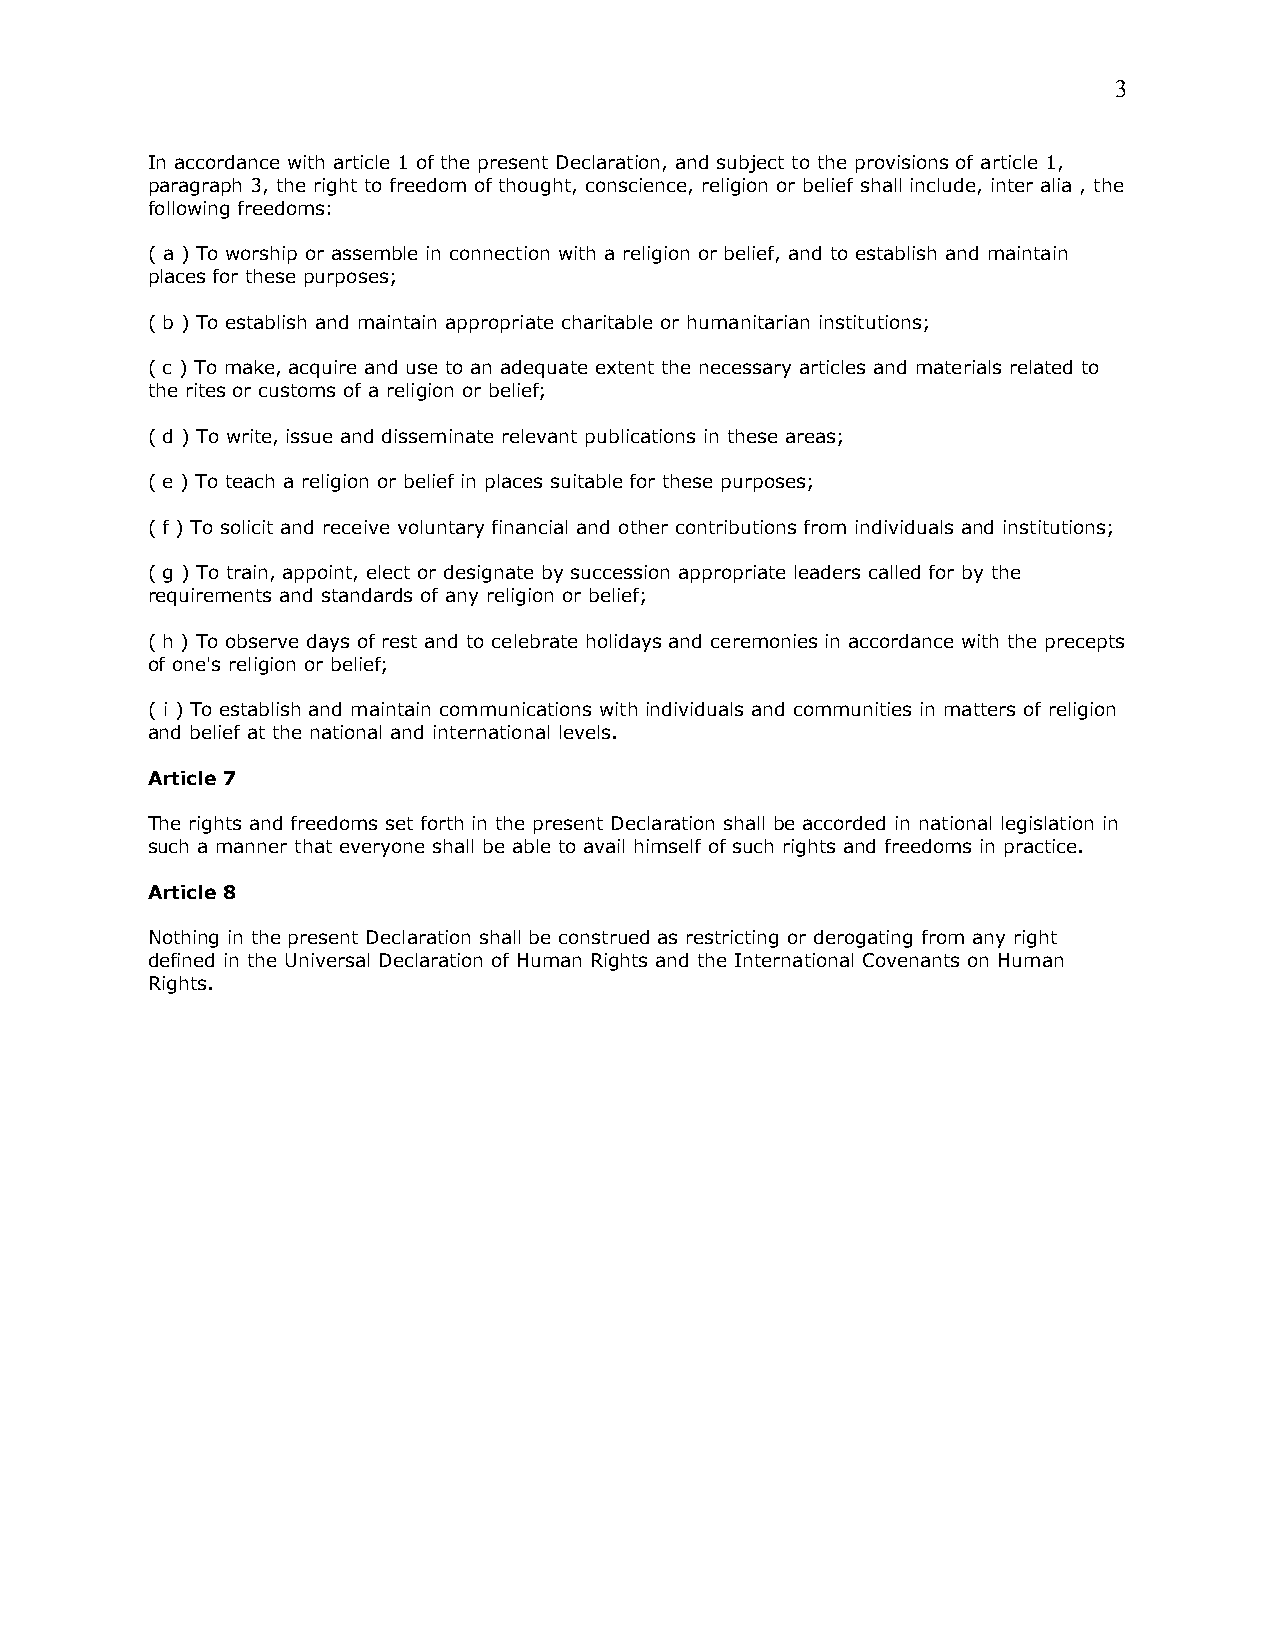
3
 In accordance with article 1 of the present Declaration, and subject to the provisions of article 1,
 paragraph 3, the right to freedom of thought, conscience, religion or belief shall include, inter alia , the
 following freedoms:
 ( a ) To worship or assemble in connection with a religion or belief, and to establish and maintain
 places for these purposes;
 ( b ) To establish and maintain appropriate charitable or humanitarian institutions;
 ( c ) To make, acquire and use to an adequate extent the necessary articles and materials related to
 the rites or customs of a religion or belief;
 ( d ) To write, issue and disseminate relevant publications in these areas;
 ( e ) To teach a religion or belief in places suitable for these purposes;
 ( f ) To solicit and receive voluntary financial and other contributions from individuals and institutions;
 ( g ) To train, appoint, elect or designate by succession appropriate leaders called for by the
 requirements and standards of any religion or belief;
 ( h ) To observe days of rest and to celebrate holidays and ceremonies in accordance with the precepts
 of one's religion or belief;
 ( i ) To establish and maintain communications with individuals and communities in matters of religion
 and belief at the national and international levels.
 Article 7
 The rights and freedoms set forth in the present Declaration shall be accorded in national legislation in
 such a manner that everyone shall be able to avail himself of such rights and freedoms in practice.
 Article 8
 Nothing in the present Declaration shall be construed as restricting or derogating from any right
 defined in the Universal Declaration of Human Rights and the International Covenants on Human
 Rights.